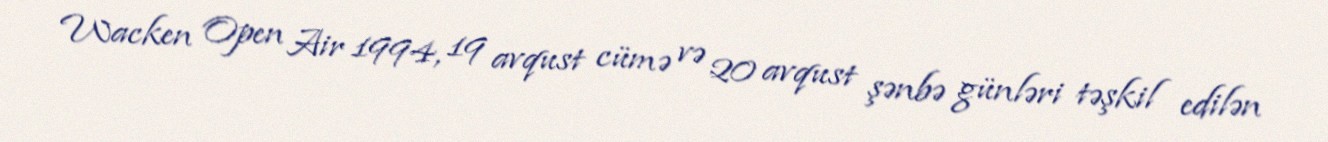
Wacken Open Air 1994, 19 avqust cümə və 20 avqust şənbə günləri təşkil edilən